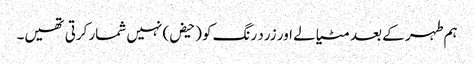
ہم طہر کے بعد مٹیالے اور زرد رنگ کو (حیض) نہیں شمار کرتی تھیں۔